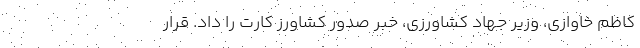
کاظم خاوازی، وزیر جهاد کشاورزی، خبر صدور کشاورز کارت را داد. قرار